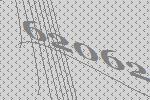
62062